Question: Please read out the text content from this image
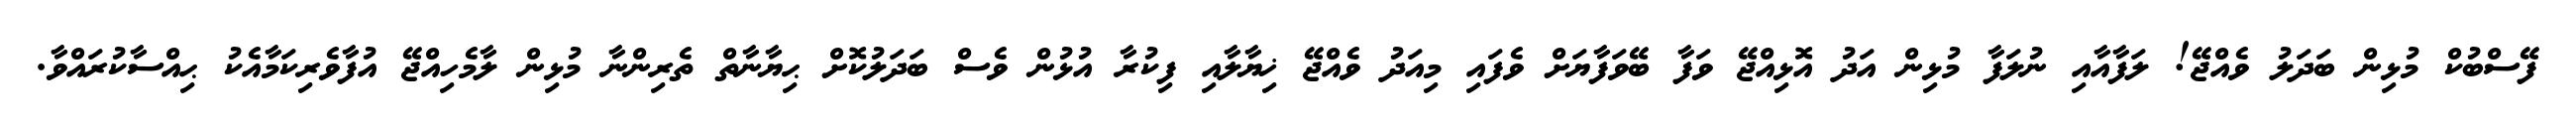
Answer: ފޭސްބުކް މުޅިން ބަދަލު ވެއްޖޭ! ލަފާއާއި ނުލަފާ މުޅިން އަދު އޮޅިއްޖޭ ވަފާ ބޭވަފާޔަށް ވެފައި މިއަދު ވެއްޖޭ ޚިޔާލާއި ފިކުރާ އުޅުން ވެސް ބަދަލުކޮށް ޙިޔާނާތް ތެރިންނާ މުޅިން ލާމެހިއްޖޭ އުފާވެރިކަމާއެކު ޙިއްސާކުރައްވާ.